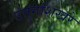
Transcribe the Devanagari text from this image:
उत्तुंगशिखरे